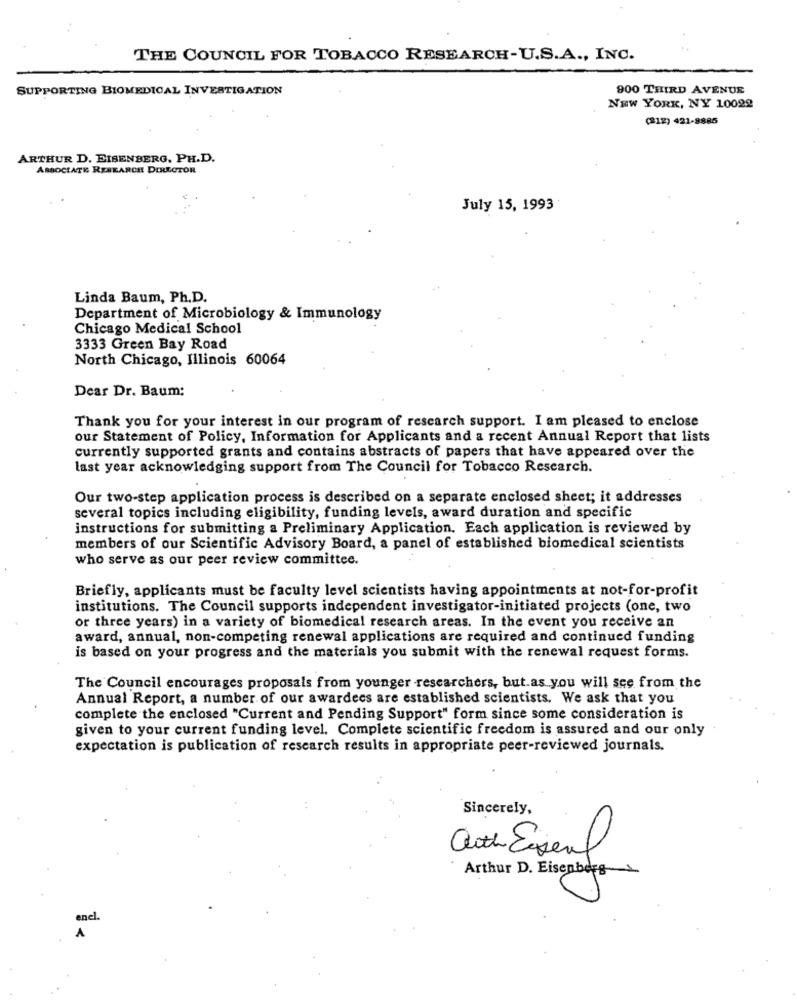
THE COUNCIL FOR TOBACCO RESEARCH-U.S.A ., INC.
SUPPORTING BIOMEDICAL INVESTIGATION
900 THIRD AVENUE
NEW YORK, NY 10029
(212) 421-8885
ARTHUR D. EISENBERG, PH.D.
ASSOCIATE RESEARCH DIRECTOR
July 15, 1993
Linda Baum, Ph.D.
Department of Microbiology & Immunology
Chicago Medical School
3333 Green Bay Road
North Chicago, Illinois 60064
Dear Dr. Baum:
Thank you for your interest in our program of research support. I am pleased to enclose
our Statement of Policy, Information for Applicants and a recent Annual Report that lists
currently supported grants and contains abstracts of papers that have appeared over the
last year acknowledging support from The Council for Tobacco Research.
Our two-step application process is described on a separate enclosed sheet; it addresses
several topics including eligibility, funding levels, award duration and specific
instructions for submitting a Preliminary Application. Each application is reviewed by
members of our Scientific Advisory Board, a panel of established biomedical scientists
who serve as our peer review committee.
Briefly, applicants must be faculty level scientists having appointments at not-for-profit
institutions. The Council supports independent investigator-initiated projects (one, two
or three years) in a variety of biomedical research areas. In the event you receive an
award, annual, non-competing renewal applications are required and continued funding
is based on your progress and the materials you submit with the renewal request forms.
The Council encourages proposals from younger researchers, but.as you will see from the
Annual Report, a number of our awardees are established scientists. We ask that you
complete the enclosed "Current and Pending Support" form since some consideration is
given to your current funding level. Complete scientific freedom is assured and our only
expectation is publication of research results in appropriate peer-reviewed journals.
Sincerely,
auth Eisenal
Arthur D. Eisenberg
encl.
A